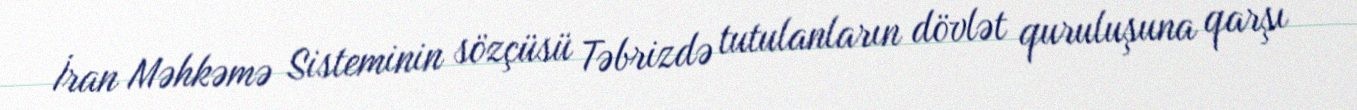
İran Məhkəmə Sisteminin sözçüsü Təbrizdə tutulanların dövlət quruluşuna qarşı